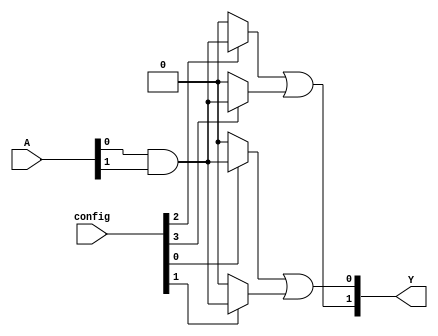
module SPAL (
    input wire [N-1:0] A, // Input signals (A, B, C, ..., N)
    input wire [M-1:0] config, // Configuration for programmable AND gates
    output wire [P-1:0] Y // Output signals (Y1, Y2, ..., Ym)
);

// Parameters
parameter N = 8; // Number of input signals
parameter M = 4; // Number of AND gates
parameter P = 2; // Number of OR gates

// Programmable AND array
wire [M-1:0] and_out; // Outputs from AND gates

genvar i, j;
generate
    for (i = 0; i < M; i = i + 1) begin : and_array
        // Each AND gate can be configured based on the config input
        assign and_out[i] = (config[i] == 1'b1) ? (A[0] & A[1]) : 1'b0; // Example configuration
        // You can expand this logic to include more inputs and configurations
    end
endgenerate

// Fixed OR array
assign Y[0] = and_out[0] | and_out[1]; // OR gate 1
assign Y[1] = and_out[2] | and_out[3]; // OR gate 2
// You can add more OR gates as needed

endmodule